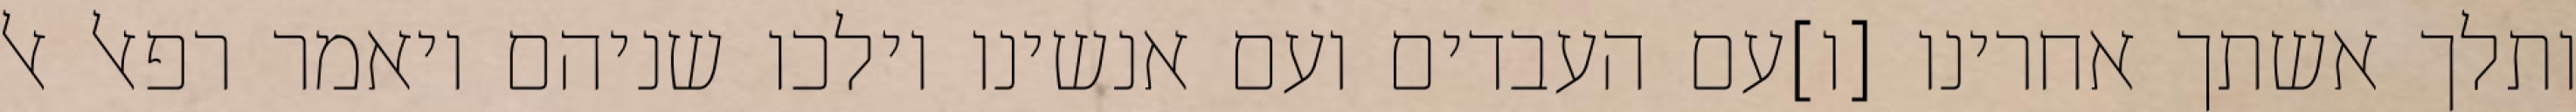
ותלך אשתך אחרינו [ו]עם העבדים ועם אנשינו וילכו שניהם ויאמר רפאל אל